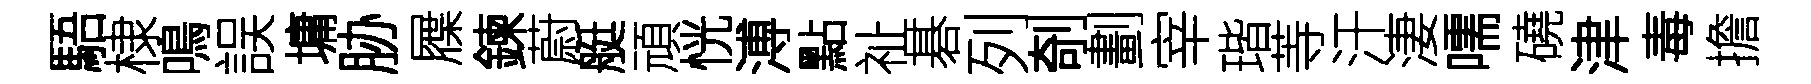
䮏棣鳴誤墉胁屧鍊蔚艇頑恍溥點祉碁列剞劃宰瑎䓁汗淒嚅磽津毒擔